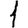
Digit: 1